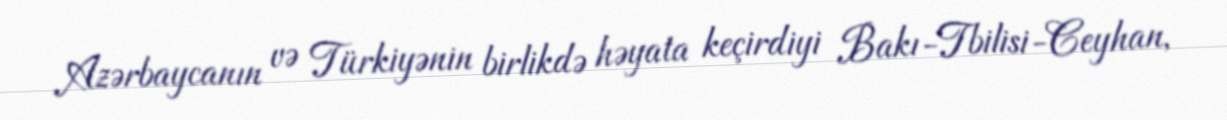
Azərbaycanın və Türkiyənin birlikdə həyata keçirdiyi Bakı-Tbilisi-Ceyhan,